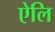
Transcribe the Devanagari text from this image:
ऐलि